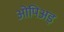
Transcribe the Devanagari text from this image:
ओपिअड़